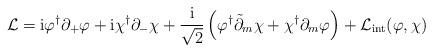
LaTeX: \begin{align*}{\cal L} ={\rm i}\varphi^{\dagger}\partial_{+}\varphi+{\rm i}\chi^{\dagger}\partial_{-}\chi+\frac{{\rm i}}{\sqrt{2}}\left(\varphi^{\dagger}\tilde{\partial}_{m}\chi+\chi^{\dagger}\partial_{m}\varphi\right)+{\cal L}_{\rm int}(\varphi,\chi)\end{align*}